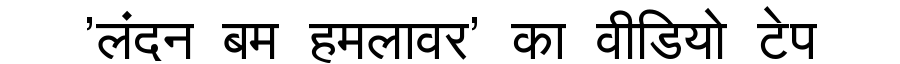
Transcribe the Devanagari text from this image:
'लंदन बम हमलावर' का वीडियो टेप